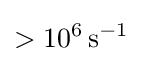
>10^{6}\,{\text{s}}^{-1}